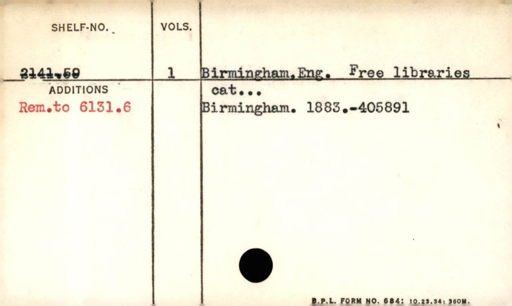
Label: content